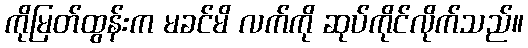
ကိုမြတ်ထွန်းက မခင်မိ လက်ကို ဆုပ်ကိုင်လိုက်သည်။